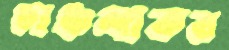
চাঞ্চল্যকর